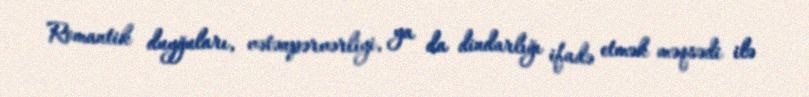
Romantik duyğuları, vətənpərvərliyi, ya da dindarlığı ifadə etmək məqsədi ilə